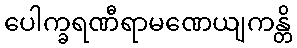
ပေါက္ခရဏီရာမဏေယျကန္တိ